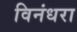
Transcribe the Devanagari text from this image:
विनंधरा